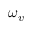
\omega _ { v }